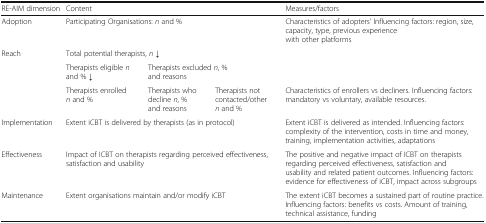
| RE-AIM dimension | <COLSPAN=3> Content | Measures/factors |
 | --- | --- | --- | --- | --- |
 | Adoption | <COLSPAN=3> Participating Organisations: n and % | Characteristics of adopters’ Influencing factors: region, size, capacity, type, previous experience with other platforms |
 | <ROWSPAN=3> Reach | <COLSPAN=3> Total potential therapists, n ↓ |  |
 | Therapists eligible n and % ↓ | <COLSPAN=2> Therapists excluded n, % and reasons |  |
 | Therapists enrolled n and % | Therapists who decline n, % and reasons | Therapists not contacted/other n and % | Characteristics of enrollers vs decliners. Influencing factors: mandatory vs voluntary, available resources. |
 | Implementation | <COLSPAN=3> Extent iCBT is delivered by therapists (as in protocol) | Extent iCBT is delivered as intended. Influencing factors: complexity of the intervention, costs in time and money, training, implementation activities, adaptations |
 | Effectiveness | <COLSPAN=3> Impact of ICBT on therapists regarding perceived effectiveness, satisfaction and usability | The positive and negative impact of ICBT on therapists regarding perceived effectiveness, satisfaction and usability and related patient outcomes. Influencing factors: evidence for effectiveness of iCBT, impact across subgroups |
 | Maintenance | <COLSPAN=3> Extent organisations maintain and/or modify iCBT | The extent iCBT becomes a sustained part of routine practice. Influencing factors: benefits vs costs. Amount of training, technical assistance, funding |